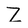
Character: Z